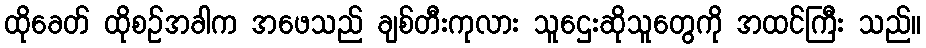
ထိုခေတ် ထိုစဉ်အခါက အဖေသည် ချစ်တီးကုလား သူဌေးဆိုသူတွေကို အထင်ကြီး သည်။